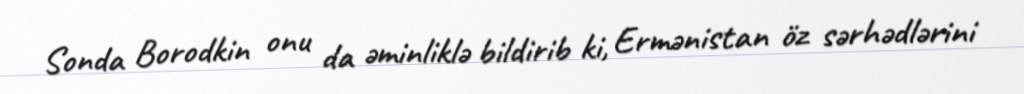
Sonda Borodkin onu da əminliklə bildirib ki, Ermənistan öz sərhədlərini